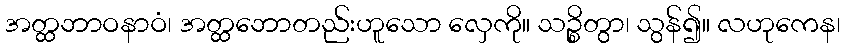
အတ္ထဘာဝနာဝံ၊ အတ္ထဘောတည်းဟူသော လှေကို။ သဉ္စိတွာ၊ သွန်၍။ လဟုကေန၊